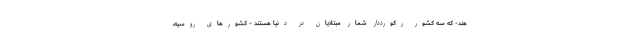
هند- که سه کشور رکورددار شمار مبتلایان در دنیا هستند - کشورهای روسیه،